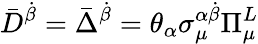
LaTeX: \bar{D}^{\dot{\beta}}=\bar{\Delta}^{\dot{\beta}}=\theta_{\alpha}\sigma_{\mu}^{\alpha\dot{\beta}}\Pi_{\mu}^{L}